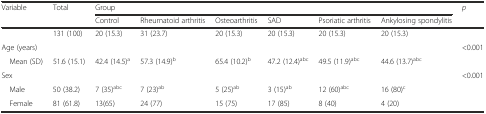
| Variable | Total | <COLSPAN=6> Group | p |
 |  |  | Control | Rheumatoid arthritis | Osteoarthritis | SAD | Psoriatic arthritis | Ankylosing spondylitis |  |
 | --- | --- | --- | --- | --- | --- | --- | --- | --- |
 |  | 131 (100) | 20 (15.3) | 31 (23.7) | 20 (15.3) | 20 (15.3) | 20 (15.3) | 20 (15.3) |  |
 | Age (years) |  |  |  |  |  |  |  | <ROWSPAN=2> <0.001 |
 | Mean (SD) | 51.6 (15.1) | 42.4 (14.5)a | 57.3 (14.9)b | 65.4 (10.2)b | 47.2 (12.4)abc | 49.5 (11.9)abc | 44.6 (13.7)abc |
 | Sex |  |  |  |  |  |  |  | <ROWSPAN=3> <0.001 |
 | Male | 50 (38.2) | 7 (35)abc | 7 (23)ab | 5 (25)ab | 3 (15)ab | 12 (60)abc | 16 (80)c |
 | Female | 81 (61.8) | 13(65) | 24 (77) | 15 (75) | 17 (85) | 8 (40) | 4 (20) |